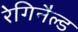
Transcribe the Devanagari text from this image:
रेगिनैल्ड